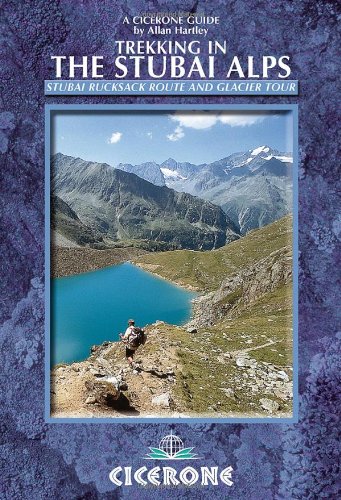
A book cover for Trekking in the Stubai Alps (Cicerone Guides); Allan Hartley; Travel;